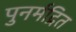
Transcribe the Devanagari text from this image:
पुनर्मद्रित